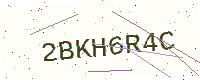
Text: 2BKH6R4C